Insane asylums in Bengal annual reports 1867-1875 - 1867-1875
Year: 1867
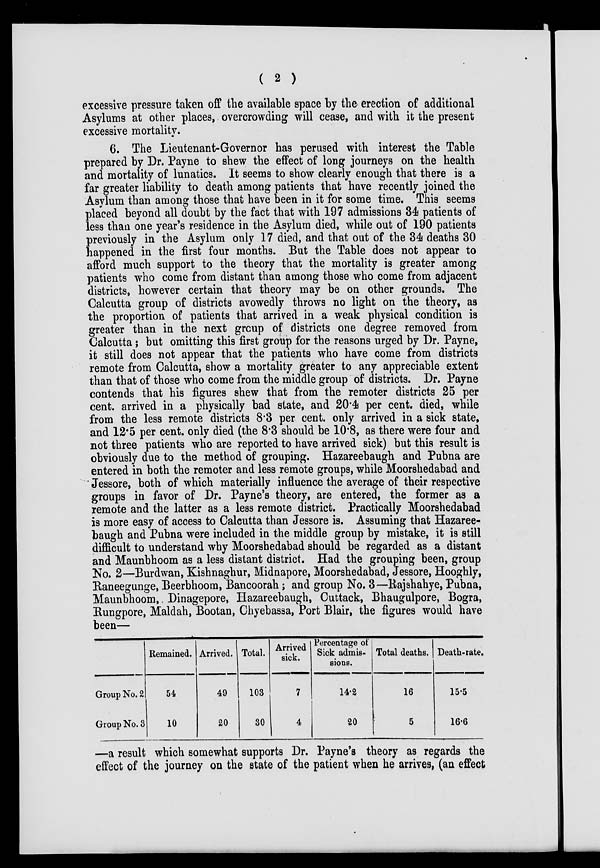
( 2 )
excessive pressure taken off the available space by the erection of additional
Asylums at other places, overcrowding will cease, and with it the present
excessive mortality.
6. The Lieutenant-Governor has perused with interest the Table
prepared by Dr. Payne to shew the effect of long journeys on the health
and mortality of lunatics. It seems to show clearly enough that there is a
far greater liability to death among patients that have recently joined the
Asylum than among those that have been in it for some time. This seems
placed beyond all doubt by the fact that with 197 admissions 34 patients of
less than one year's residence in the Asylum died, while out of 190 patients
previously in the Asylum only 17 died, and that out of the 34 deaths 30
happened in the first four months. But the Table does not appear to
afford much support to the theory that the mortality is greater among
patients who come from distant than among those who come from adjacent
districts, however certain that theory may be on other grounds. The
Calcutta group of districts avowedly throws no light on the theory, as
the proportion of patients that arrived in a weak physical condition is
greater than in the next group of districts one degree removed from
Calcutta; but omitting this first group for the reasons urged by Dr. Payne,
it still does not appear that the patients who have come from districts
remote from Calcutta, show a mortality greater to any appreciable extent
than that of those who come from the middle group of districts. Dr. Payne
contends that his figures shew that from the remoter districts 25 per
cent. arrived in a physically bad state, and 20.4 per cent. died, while
from the less remote districts 8.3 per cent. only arrived in a sick state,
and 12.5 per cent. only died (the 8.3 should be 10.8, as there were four and
not three patients who are reported to have arrived sick) but this result is
obviously due to the method of grouping. Hazareebaugh and Pubna are
entered in both the remoter and less remote groups, while Moorshedabad and
Jessore, both of which materially influence the average of their respective
groups in favor of Dr. Payne's theory, are entered, the former as a
remote and the latter as a less remote district. Practically Moorshedabad
is more easy of access to Calcutta than Jessore is. Assuming that Hazaree-
baugh and Pubna were included in the middle group by mistake, it is still
difficult to understand why Moorshedabad should be regarded as a distant
and Maunbhoom as a less distant district. Had the grouping been, group
No. 2—Burdwan, Kishnaghur, Midnapore, Moorshedabad, Jessore, Hooghly,
Raneegunge, Beerbhoom, Bancoorah; and group No. 3—Rajshahye, Pubna,
Maunbhoom, Dinagepore, Hazareebaugh, Cuttack, Bhaugulpore, Bogra,
Rungpore, Maldah, Bootan, Chyebassa, Port Blair, the figures would have
been—
Group No. 2
Group No. 3
Remained.
54
10
Arrived.
49
20
Total.
103
30
Arrived
sick.
7
4
Percentage of
Sick admis-
sions.
14.2
20
Total deaths.
16
5
Death-rate.
15.5
16.6
—a result which somewhat supports Dr. Payne's theory as regards the
effect of the journey on the state of the patient when he arrives, (an effect